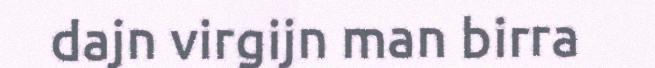
dajn virgijn man birra